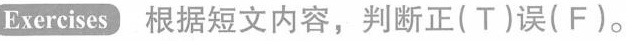
Exercises 根据短文内容, 判断正(T)误(F)。